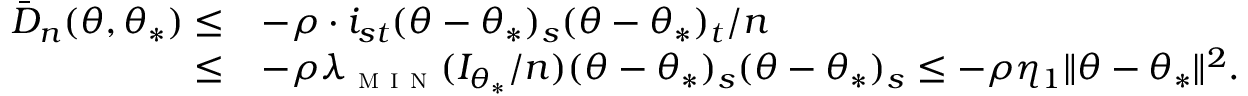
\begin{array} { r l } { \bar { D } _ { n } ( \theta , \theta _ { * } ) \leq } & { - \rho \cdot i _ { s t } ( \theta - \theta _ { * } ) _ { s } ( \theta - \theta _ { * } ) _ { t } / n } \\ { \leq } & { - \rho \lambda _ { \textsc { m i n } } ( I _ { \theta _ { * } } / n ) ( \theta - \theta _ { * } ) _ { s } ( \theta - \theta _ { * } ) _ { s } \leq - \rho \eta _ { 1 } \| \theta - \theta _ { * } \| ^ { 2 } . } \end{array}